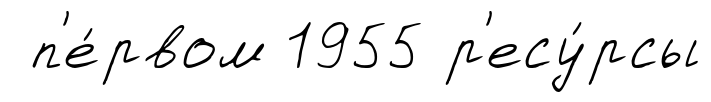
п'е́рвом 1955 р'есу́рсы